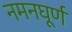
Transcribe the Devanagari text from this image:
नमनघूर्ण